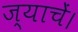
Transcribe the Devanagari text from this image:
ज्याचें।